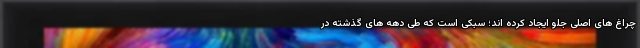
چراغ های اصلی جلو ایجاد کرده اند؛ سبکی است که طی دهه های گذشته در